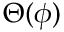
\Theta ( \phi )